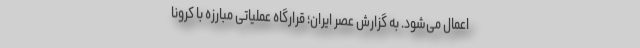
اعمال می‌شود. به گزارش عصر ایران؛ قرارگاه عملیاتی مبارزه با کرونا